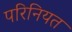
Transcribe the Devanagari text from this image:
परिनियत